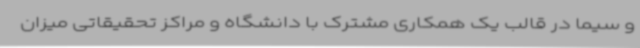
و سیما در قالب یک همکاری مشترک با دانشگاه و مراکز تحقیقاتی میزان